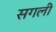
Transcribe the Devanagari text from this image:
सगली